Annual administration and progress report of the Indian Medical Department, Bombay
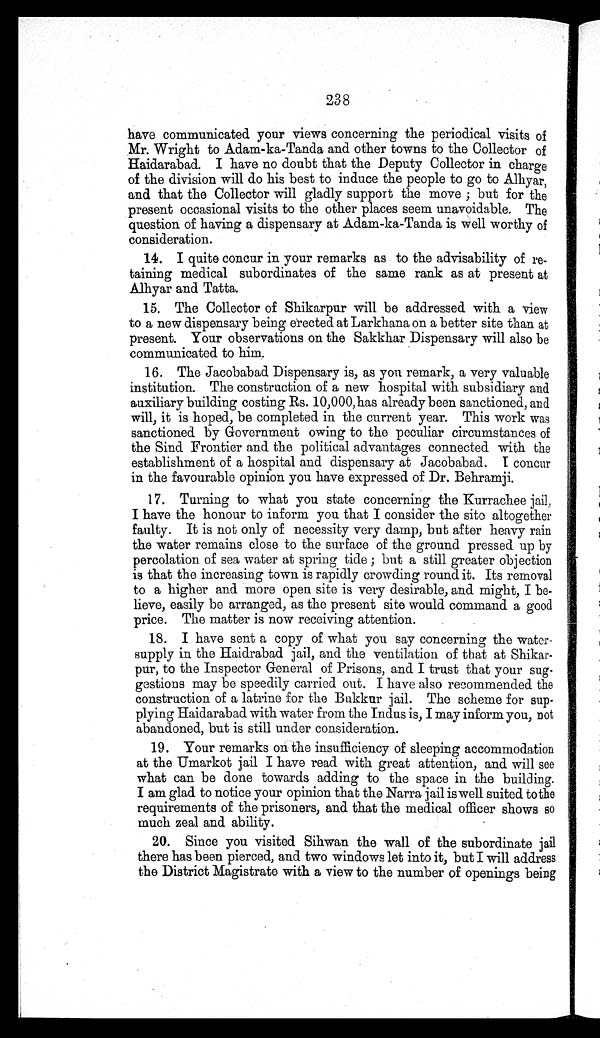
238
have communicated your views concerning the periodical visits of
Mr. Wright to Adam-ka-Tanda and other towns to the Collector of
Haidarabad. I have no doubt that the Deputy Collector in charge
of the division will do his best to induce the people to go to Alhyar,
and that the Collector will gladly support the move ; but for the
present occasional visits to the other places seem unavoidable. The
question of having a dispensary at Adam-ka-Tanda is well worthy of
consideration.
14. I quite concur in your remarks as to the advisability of re-
taining medical subordinates of the same rank as at present at
Alhyar and Tatta.
15. The Collector of Shikarpur will be addressed with a view
to a new dispensary being erected at Larkhana on a better site than at
present. Your observations on the Sakkhar Dispensary will also be
communicated to him.
16. The Jacobabad Dispensary is, as you remark, a very valuable
institution. The construction of a new hospital with subsidiary and
auxiliary building costing Rs. 10,000, has already been sanctioned, and
will, it is hoped, be completed in the current year. This work was
sanctioned by Government owing to the peculiar circumstances of
the Sind. Frontier and the political advantages connected with the
establishment of a hospital and dispensary at Jacobabad. I concur
in the favourable opinion you have expressed of Dr. Behramji.
17. Turning to what you state concerning the Kurrachee jail,
I have the honour to inform you that I consider the site altogether
faulty. It is not only of necessity very damp, but after heavy rain
the water remains close to the surface of the ground pressed up by
percolation of sea water at spring tide ; but a still greater objection
is that the increasing town is rapidly crowding round it. Its removal
to a higher and more open site is very desirable, and might, I be-
lieve, easily be arranged, as the present site would command a good
price. The matter is now receiving attention.
18. I have sent a copy of what you say concerning the water-
supply in the Haidrabad jail, and the ventilation of that at Shikar-
pur, to the Inspector General of Prisons, and I trust that your sug-
gestions may be speedily carried out. I have also recommended the
construction of a latrine for the Bukkur jail. The scheme for sup-
plying Haidarabad with water from the Indus is, I may inform you, not
abandoned, but is still under consideration.
19. Your remarks on the insufficiency of sleeping accommodation
at the Umarkot jail I have read with great attention, and will see
what can be done towards adding to the space in the building.
I am glad to notice your opinion that the Narra j ail is well suited tothe
requirements of the prisoners, and that the medical officer shows so
much zeal and ability.
20. Since you visited Sihwan the wall of the subordinate jail
there has been pierced, and two windows let into it, but I will address
the District Magistrate with a view to the number of openings being